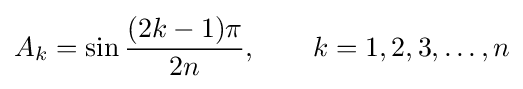
A_{k}=\sin {\frac {(2k-1)\pi }{2n}},\qquad k=1,2,3,\dots ,n